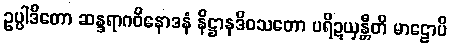
ဥပ္ပါဒိတော ဆန္ဒရာဂဝိနောဒနံ နိဋ္ဌာနဒိဝသတော ပရိဍယှန္တီတိ မာဠောပိ